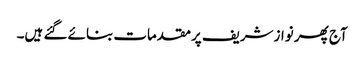
آج پھر نوازشریف پرمقدمات بنائے گئے ہیں۔